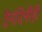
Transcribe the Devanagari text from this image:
दैनंदिनीही